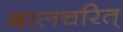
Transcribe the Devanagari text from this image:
बालचरित्